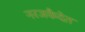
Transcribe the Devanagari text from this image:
नरजकैदेत